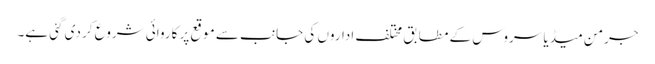
جرمن میڈیا سروس کے مطابق مختلف اداروں کی جانب سے موقع پر کاروائی شروع کر دی گئی ہے۔